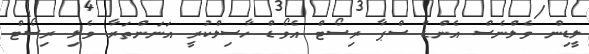
ލީޑިން ވެލްނެސް އެންޑް ސްޕާ ރިސޯޓް އެވޯޑް ހާސިލްކުރީ އަނަންތަރާ ވެލި ރިސޯޓް